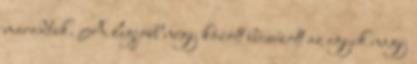
maradtak. A legjobb négy között búcsúzott az egyik nagy